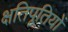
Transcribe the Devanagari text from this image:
क्षतिपूतियों